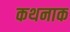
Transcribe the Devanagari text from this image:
कथनाक